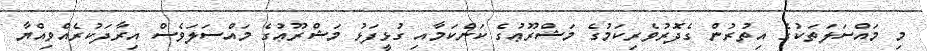
މި މައްސަލަތަކުގެ އިތުރުން ގެދޮރުވެރިކަމުގެ މަޝްރޫޢުގެ ކަންކަމާއި ގުޅީފަޅު މަޝްރޫޢުގެ މައްސަލަވެސް އިރާދަކުރެއްވިއްޔާ